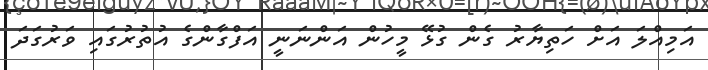
އަމިއްލަ އަށް ހަތިޔާރު ގެން ގުޅޭ މީހުން އަންނަނީ އަފްގާންގެ އުތުރުގައި ވަރުގަދަ